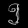
Digit: ၅